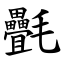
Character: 㲲